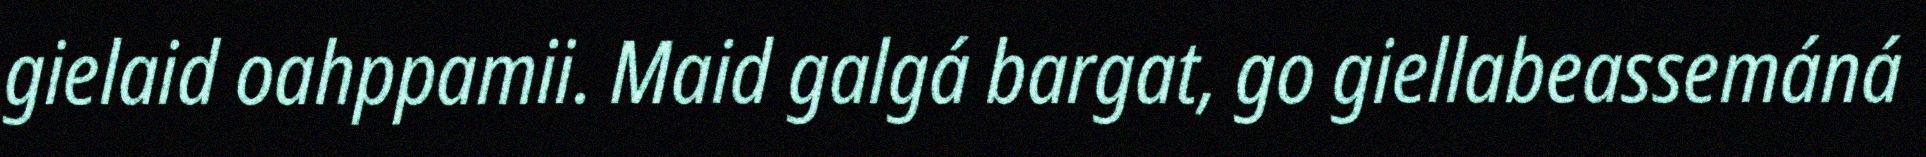
gielaid oahppamii. Maid galgá bargat, go giellabeassemáná